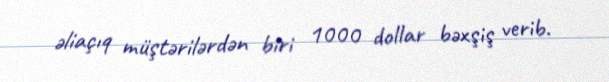
əliaçıq müştərilərdən biri 1000 dollar bəxşiş verib.